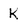
Character: K